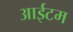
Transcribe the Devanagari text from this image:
आईटम